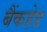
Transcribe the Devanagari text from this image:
बैंकहेड